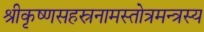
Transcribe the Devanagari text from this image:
श्रीकृष्णसहस्रनामस्तोत्रमन्त्रस्य